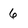
Character: 6